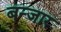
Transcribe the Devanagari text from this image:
बन्जार